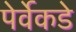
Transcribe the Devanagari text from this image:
पेर्वेकडे